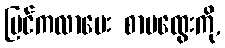
ပြင်ကလာပေး စာပထွေးကို,